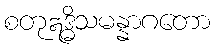
စတုဣဒ္ဓိသမန္နာဂတော